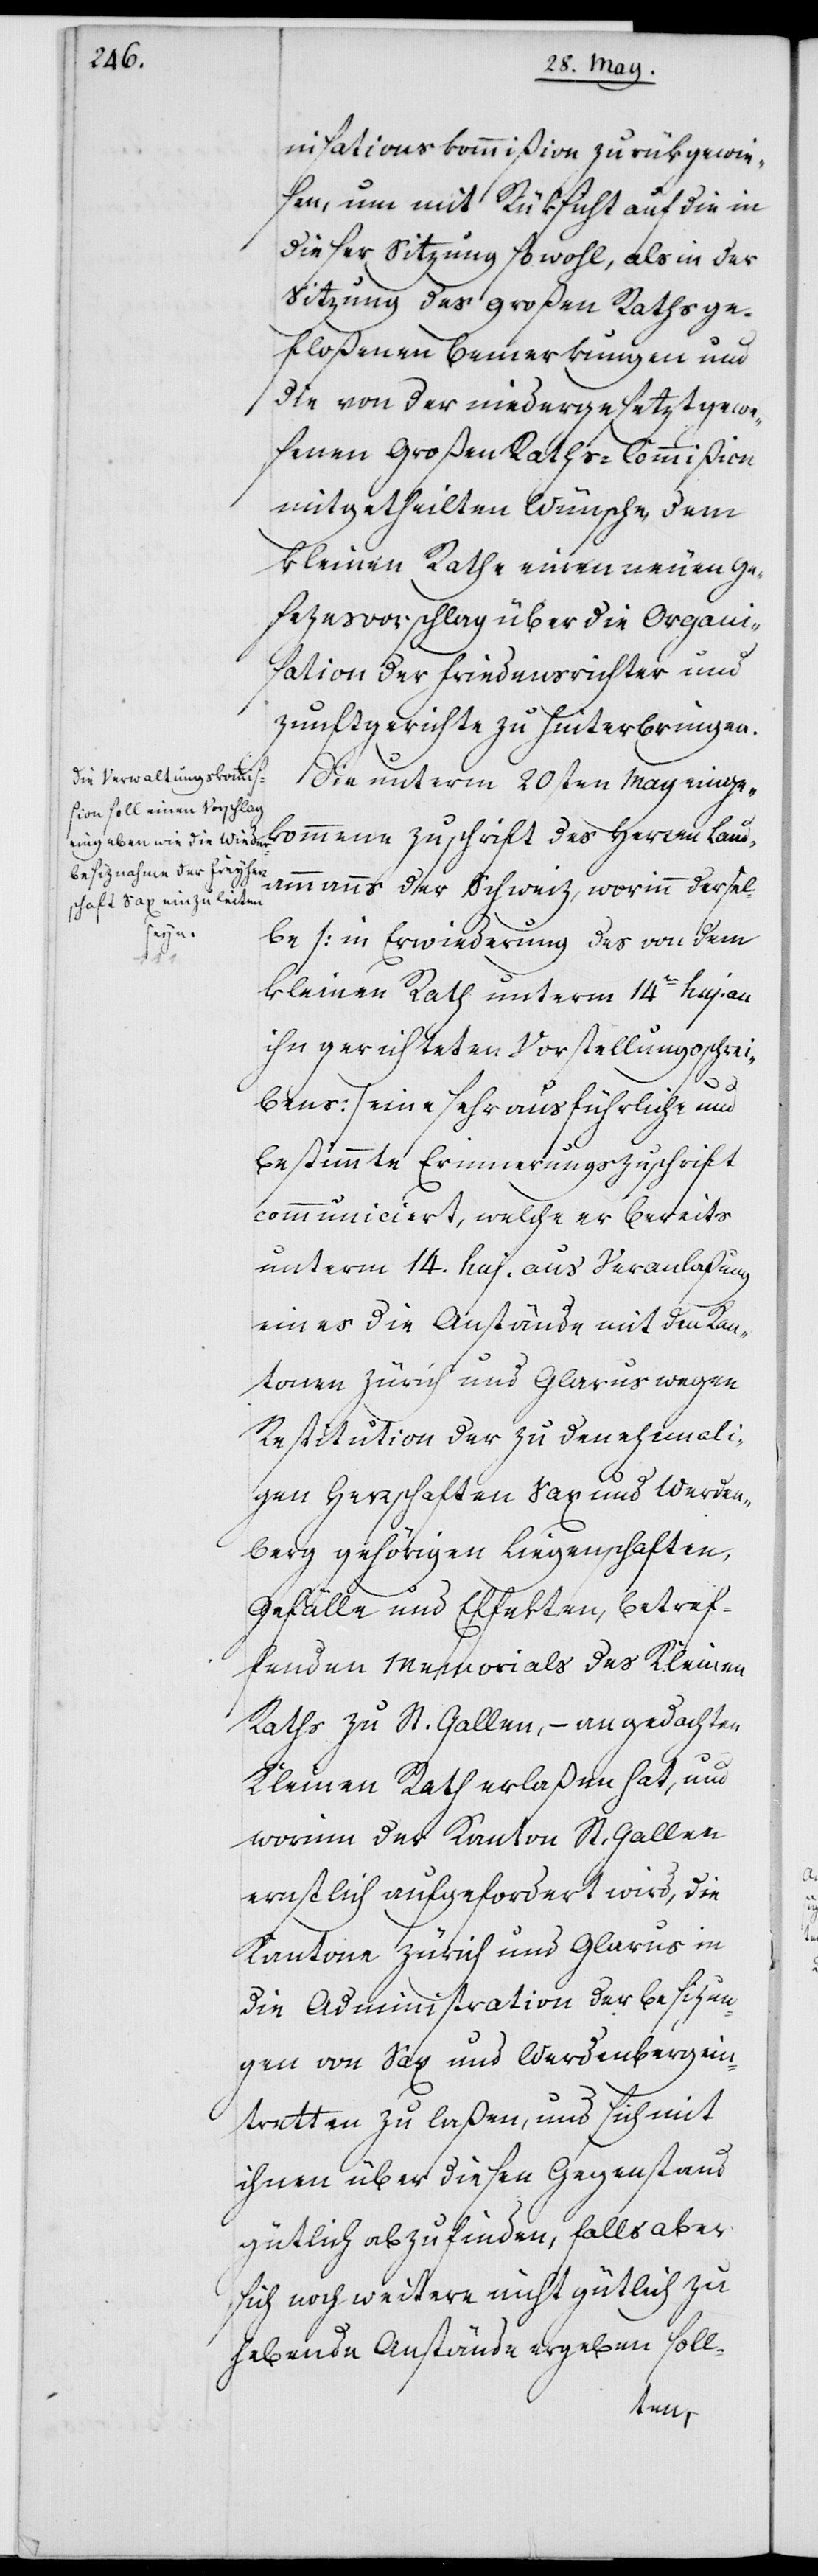
nisationskommißion zurückgewie¬
sen, um mit Rüksicht auf die in
dieser Sitzung sowohl, als in der
Sitzung des großen Raths ge¬
floßenen Bemerkungen und
die von der niedergesetzt gewe¬
senen Großen Raths-Commißion
mitgetheilten Wünsche, dem
kleinen Rathe einen neuen Ge¬
sezesvorschlag über die Organi¬
sation der Friedensrichter und
Zunftgerichte zu hinterbringen.
Die unterm 20sten May einge¬
kommene Zuschrift des Herren Land¬
ammanns der Schweiz, worinn dersel¬
be (in Erwiederung des von dem
kleinen Rath unterm 14ten huj. an
ihn gerichteten Vorstellungsschrei¬
bens) eine sehr ausführliche und
bestimmte Erinnerungszuschrift
communiciert, welche er bereits
unterm 14. huj. aus Veranlaßung
eines die Anstände mit den Kan¬
tonen Zürich und Glarus wegen
Restitution der zu den ehemali¬
gen Herrschaften Sax und Werden¬
berg gehörigen Liegenschaften,
Gefälle und Effekten, betref¬
fenden Memorials des Kleinen
Raths zu St. Gallen, – an gedachten
Kleinen Rath erlaßen hat, und
worinn der Kanton St. Gallen
ernstlich aufgefordert wird, die
Kantone Zürich und Glarus in
die Administration der Besizun¬
gen von Sax und Werdenberg ein¬
tretten zu laßen, und sich mit
ihnen über diesen Gegenstand
gütlich abzufinden, falls aber
sich noch weitere nicht gütlich zu
hebende Anstände ergeben soll-